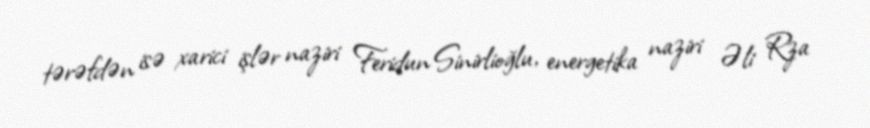
tərəfdən isə xarici işlər naziri Feridun Sinirlioğlu, energetika naziri Əli Rza